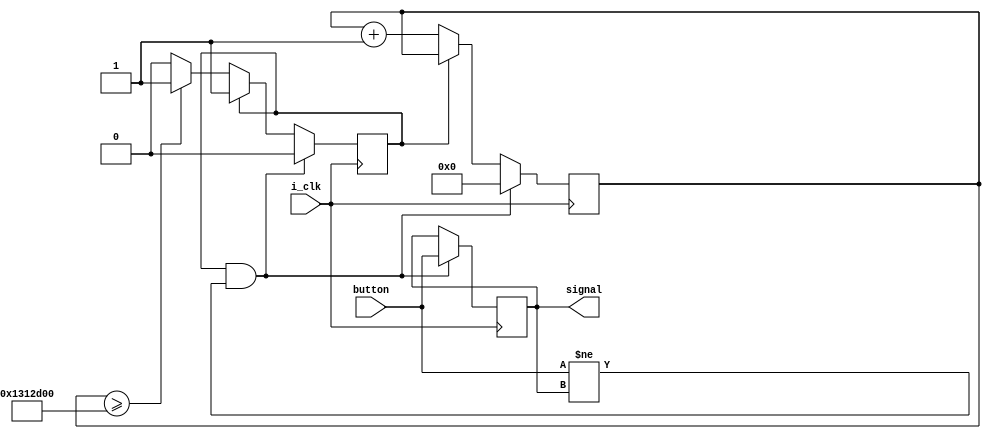
module debouncer
#(
    parameter CLK_WAIT = 20000000
)(
    input i_clk,
    input button,
    output reg signal
);

reg idle = 1;
reg [$clog2(CLK_WAIT) - 1 : 0] count = 0;
initial signal = 0;

always @(posedge i_clk)
begin
    if(idle && button != signal) begin
        idle <= 0;
        count <= 0;
        signal <= button;
    end
    else if (!idle) begin
        count <= count + 1;
        if(count >= CLK_WAIT) begin
            idle <= 1;
        end
    end
end

endmodule